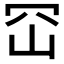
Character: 𭖊